Reports on military cantonments and civil stations in the Presidency of Bombay inspected by the Sanitary Commissioner in the years 1875 and 1876
Year: 1875
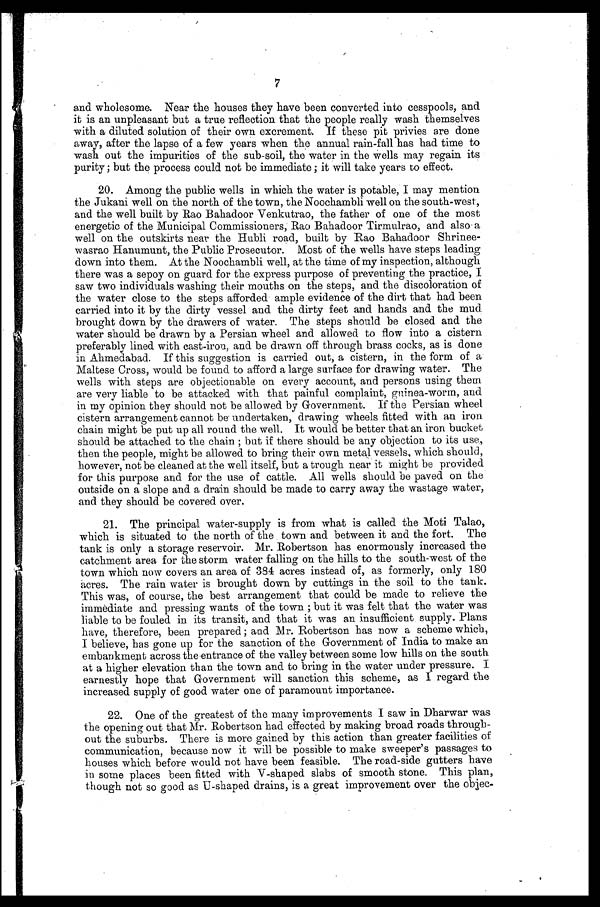
7
and wholesome. Near the houses they have been converted into cesspools, and
it is an unpleasant but a true reflection that the people really wash themselves
with a diluted solution of their own excrement. If these pit privies are done
away, after the lapse of a few years when the annual rain-fall has had time to
wash out the impurities of the sub-soil, the water in the wells may regain its
purity; but the process could not be immediate ; it will take years to effect.
Among the public wells in which the water is potable, I may mention
the Jukani well on the north of the town, the Noochambli well on the south-west,
and the well built by Rao Bahadoor Venkutrao, the father of one of the most
energetic of the Municipal Commissioners, Rao Bahadoor Tirmulrao, and also a
well on the outskirts near the Hubli road, built by Rao Bahadoor Shrinee-
wasrao Hanumunt, the Public Prosecutor. Most of the wells have steps leading
down into them. At the Noochambli well, at the time of my inspection, although
there was a sepoy on guard for the express purpose of preventing the practice, I
saw two individuals washing their mouths on the steps, and the discoloration of
the water close to the steps afforded ample evidence of the dirt that had been
carried into it by the dirty vessel and the dirty feet and hands and the mud.
brought down by the drawers of water. The steps should be closed and the
water should be drawn by a Persian wheel and allowed to flow into a cistern
preferably lined with cast-iron, and be drawn off through brass cocks, as is done
in Ahmedabad. If this suggestion is carried out, a cistern, in the form of a
Maltese Cross, would be found to afford a large surface for drawing water. The
wells with steps are objectionable on every account, and persons using them
are very liable to be attacked with that painful complaint, guinea-worm, and
in my opinion they should not be allowed by Government. If the Persian wheel
cistern arrangement cannot be undertaken, drawing wheels fitted with an iron
chain might be put up all round the well. It would be better that an iron bucket
should be attached to the chain ; but if there should be any objection to its use,
then the people, might be allowed to bring their own metal vessels, which should,
however, not be cleaned at the well itself, but a trough near it might be provided
for this purpose and for the use of cattle. All wells should be paved on the
outside on a slope and a drain should be made to carry away the wastage water,
and they should be covered over.
The principal water-supply is from what is called the Moti Talao,
which is situated to the north of the town and between it and the fort. The
tank is only a storage reservoir. Mr. Robertson has enormously increased the
catchment area for the storm water falling on the hills to the south-west of the
town which now covers an area of 384 acres instead of, as formerly, only 180
acres. The rain water is brought down by cuttings in the soil to the tank.
This was, of course, the best arrangement that could be made to relieve the
immediate and pressing wants of the town ; but it was felt that the water was
liable to be fouled in its transit, and that it was an insufficient supply. Plans
have, therefore, been prepared ; and Mr. Robertson has now a scheme which,
I believe, has gone up for the sanction of the Government of India to make an
embankment across the entrance of the valley between some low hills on the south.
at a higher elevation than the town and to bring in the water under pressure. I
earnestly hope that Government will sanction this scheme, as I regard the
increased supply of good water one of paramount importance.
One of the greatest of the many improvements I saw in Dharwar was
the opening out that Mr. Robertson had effected by making broad roads through-
out the suburbs. There is more gained by this action than greater facilities of
communication, because now it will be possible to make sweeper's passages to
houses which before would not have been feasible. The road-side gutters have
in some places been fitted with V-shaped slabs of smooth stone. This plan,
though not so good as U-shaped drains, is a great improvement over the objec-